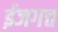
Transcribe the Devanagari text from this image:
ईजगत्त